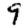
Digit: 9